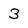
Character: 3